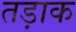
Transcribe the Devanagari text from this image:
तड़ाक